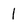
Character: 1